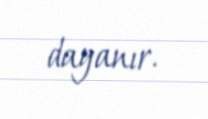
dayanır.